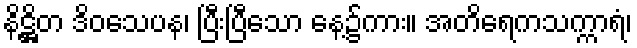
နိဋ္ဌိတ ဒိဝသေပန၊ ပြီးပြီသော နေ့၌ကား။ အတိရေကသက္ကာရံ၊